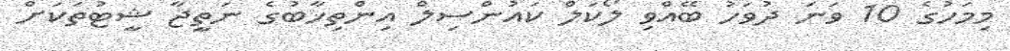
މިމަހުގެ 10 ވަނަ ދުވަހު ބޭއްވި ލޯކަލް ކައުންސިލް އިންތިޚާބުގެ ނަތީޖާ ޝީޓުތަކަށް